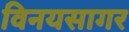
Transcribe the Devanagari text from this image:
विनयसागर